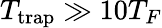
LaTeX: T_{\mathrm{trap}}\gg 10T_{F}